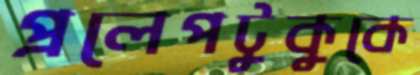
প্রলেপটুকুকে